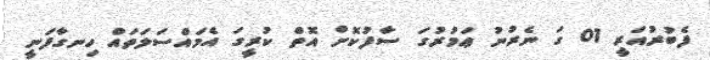
ފެބުރުއަރީ 01 ގަ ނެރުނު ޢަމުރުގަ ސާފުކޮށް އޮތް ކުރީގަ އެމައްސަލަތައް ހިނގާފަނީ